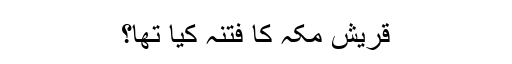
قریش مکہ کا فتنہ کیا تھا؟